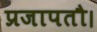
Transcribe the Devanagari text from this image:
प्रजापतौ।